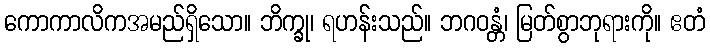
ကောကာလိကအမည်ရှိသော။ ဘိက္ခု၊ ရဟန်းသည်။ ဘဂဝန္တံ၊ မြတ်စွာဘုရားကို။ ဧတံ